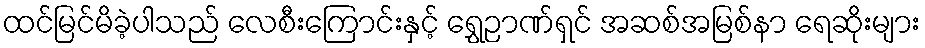
ထင်မြင်မိခဲ့ပါသည် လေစီးကြောင်းနှင့် ရွှေဉာဏ်ရှင် အဆစ်အမြစ်နာ ရေဆိုးများ